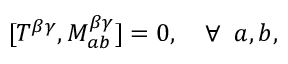
[ T ^ { \beta \gamma } , M _ { a b } ^ { \beta \gamma } ] = 0 , \quad \forall \; \; a , b ,